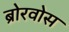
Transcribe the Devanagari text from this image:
ब्रोरवोस